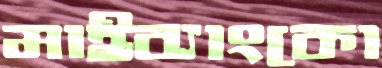
মাইব্যাংকো